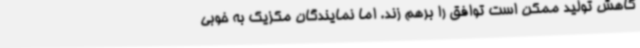
کاهش تولید ممکن است توافق را برهم زند. اما نمایندگان مکزیک به خوبی